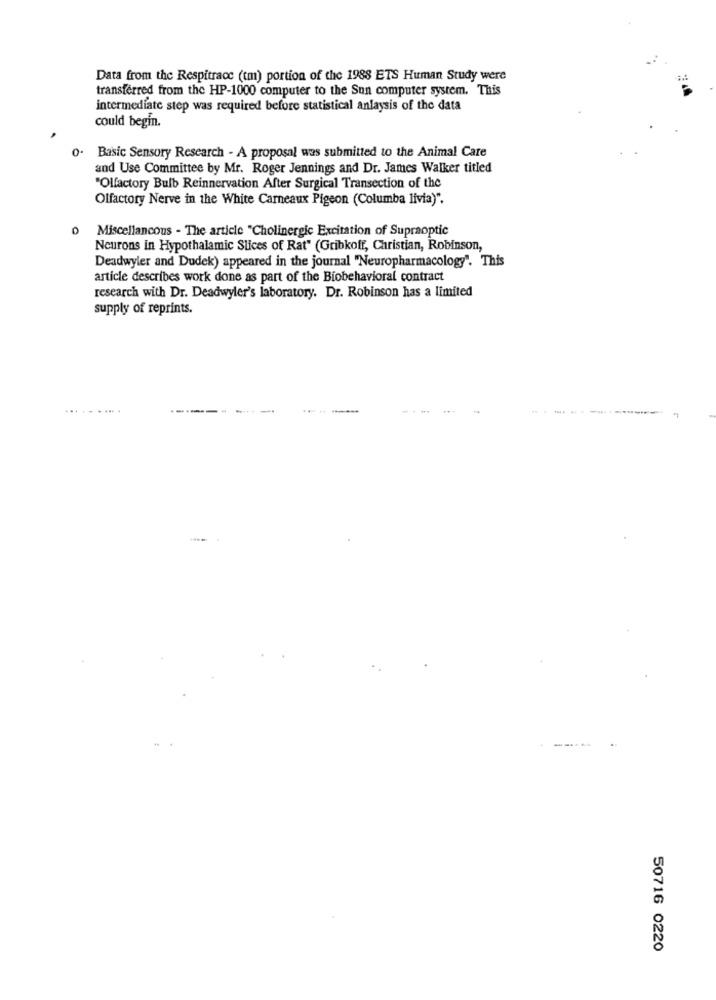
Data from the Respitrace (tm) portion of the 1988 ETS Human Study were
transferred from the HP-1000 computer to the Sun computer system. This
intermediate step was required before statistical anlaysis of the data
could begin.
0.
Basic Sensory Research - A proposal was submitted to the Animal Care
and Use Committee by Mr. Roger Jennings and Dr. James Walker titled
"Olfactory Bulb Reinnervation After Surgical Transection of the
Olfactory Nerve in the White Carneaux Pigeon (Columba livia)".
Miscellancous - The article "Cholinergic Excitation of Supraoptic
Neurons in Hypothalamic Slices of Rat" (Gribkoff, Christian, Robinson,
Deadwyler and Dudek) appeared in the journal "Neuropharmacology". This
article describes work done as part of the Biobehavioral contract
research with Dr. Deadwyler's laboratory. Dr. Robinson has a limited
supply of reprints.
..... .
50716 0220